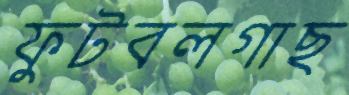
ফুটবলগাছ